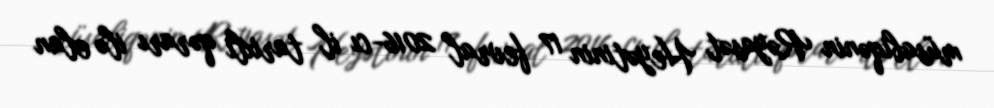
müsabiqənin Rəyasət Heyətinin 17 fevral 2016-cı il tarixli qərarı ilə elan